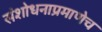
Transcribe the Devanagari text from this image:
संशोधनाप्रमाणेच